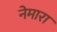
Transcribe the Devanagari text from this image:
नेमारा